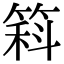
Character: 䈖